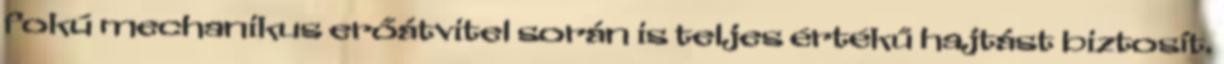
fokú mechanikus erőátvitel során is teljes értékű hajtást biztosít.